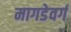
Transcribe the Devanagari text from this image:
मागडेवर्ग